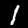
Digit: 1